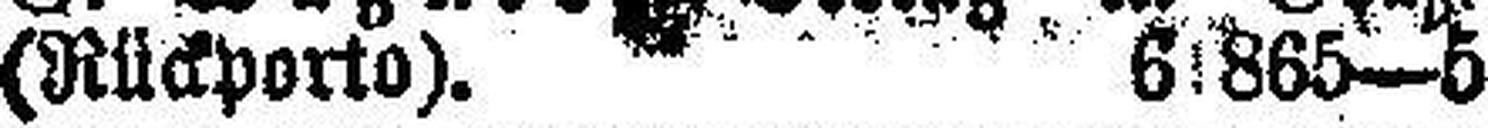
(Rückporto). 61865—5